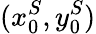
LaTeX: (x_{0}^{S},y_{0}^{S})